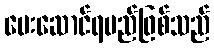
ပေးဆောင်ရမည်ဖြစ်သည်